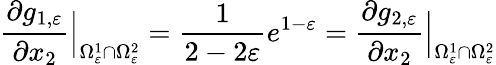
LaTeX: \frac{\partial g_{1,\varepsilon}}{\partial x_{2}}\Big|_{\Omega_{\varepsilon}^{1}\cap\Omega_{\varepsilon}^{2}}=\frac{1}{2-2\varepsilon}e^{1-\varepsilon}=\frac{\partial g_{2,\varepsilon}}{\partial x_{2}}\Big|_{\Omega_{\varepsilon}^{1}\cap\Omega_{\varepsilon}^{2}}